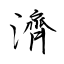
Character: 濟